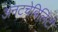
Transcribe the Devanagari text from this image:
अनटचेबिलिटी